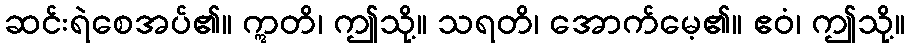
ဆင်းရဲစေအပ်၏။ ဣတိ၊ ဤသို့။ သရတိ၊ အောက်မေ့၏။ ဧဝံ၊ ဤသို့။